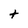
Character: t